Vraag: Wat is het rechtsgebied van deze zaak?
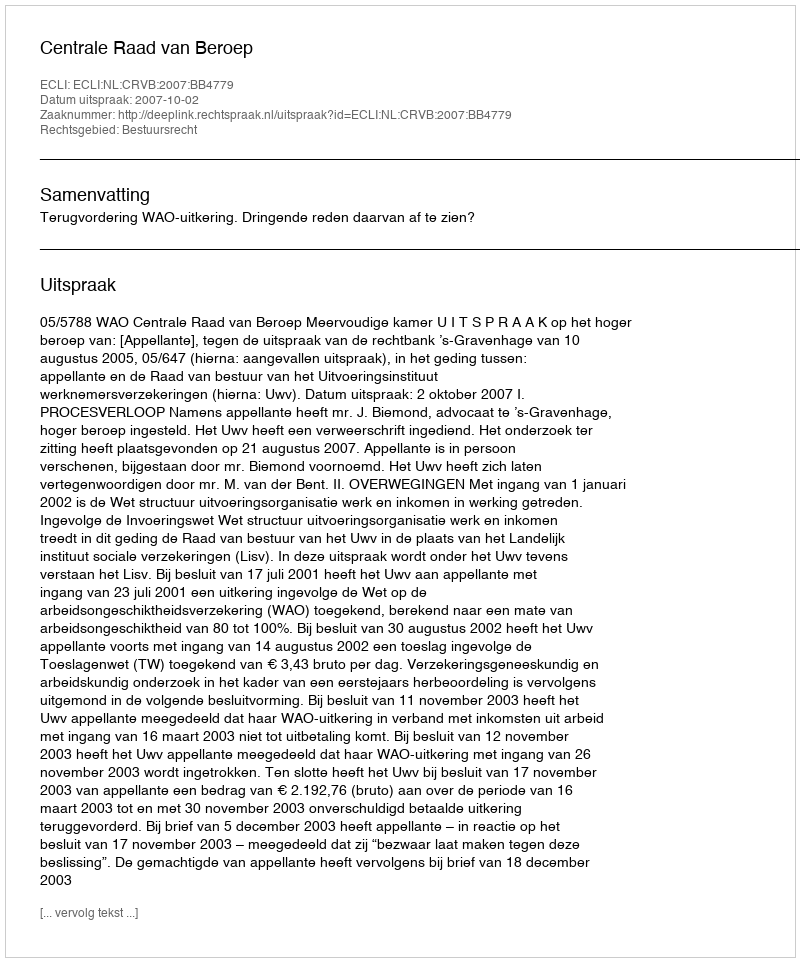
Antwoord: Bestuursrecht